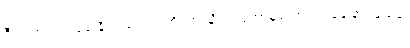
ဇီဝါ၊ အသက်မွေးနိုင်ပါ၏။ ဣတိ၊ ဤသို့ပယ်တော်မူသော်။ ဘန္တေ နာဂသေန၊